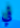
في